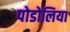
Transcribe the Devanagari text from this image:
पोडोलिया